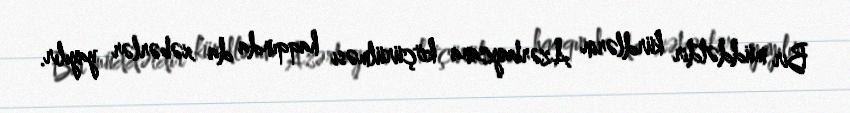
Bir müddətdir kürdlərin Azərbaycana köçürülməsi haqqında da xəbərlər yayılır.